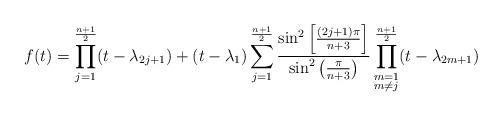
LaTeX: \begin{align*}f(t) = \prod_{j=1}^{\frac{n+1}{2}} (t - \lambda_{2j+1}) + (t - \lambda_{1}) \sum_{j=1}^{\frac{n+1}{2}} \frac{\sin^{2} \left[\frac{(2j + 1)\pi}{n + 3} \right]}{\sin^{2} \left(\frac{\pi}{n + 3} \right)} \prod_{\substack{m=1 \\ m \neq j}}^{\frac{n+1}{2}}(t - \lambda_{2m+1})\end{align*}